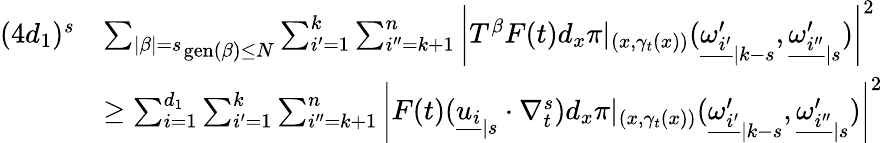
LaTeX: \begin{array}{rl}{(4d_{1})^{s}}&{\mathop{\sum_{|\beta|=s}}_{\operatorname{gen}(\beta)\leq N}\sum_{i^{\prime}=1}^{k}\sum_{i^{\prime\prime}=k+1}^{n}\left|T^{\beta}F(t)d_{x}\pi|_{(x,\gamma_{t}(x))}({\underline{{\omega_{i^{\prime}}^{\prime}}}}_{|k-s},{\underline{{\omega_{i^{\prime\prime}}^{\prime}}}}_{|s})\right|^{2}}\\ &{\geq\sum_{i=1}^{d_{1}}\sum_{i^{\prime}=1}^{k}\sum_{i^{\prime\prime}=k+1}^{n}\left|F(t)({\underline{{u_{i}}}}_{|s}\cdot\nabla_{t}^{s})d_{x}\pi|_{(x,\gamma_{t}(x))}({\underline{{\omega_{i^{\prime}}^{\prime}}}}_{|k-s},{\underline{{\omega_{i^{\prime\prime}}^{\prime}}}}_{|s})\right|^{2}}\end{array}